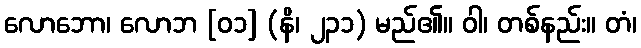
လောဘော၊ လောဘ [၀၁] (နိ၊ ၂၃၁) မည်၏။ ဝါ၊ တစ်နည်း။ တံ၊